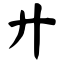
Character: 廾